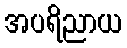
အပရိညာယ